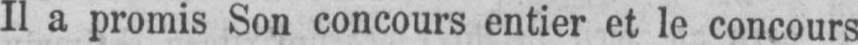
Il a promis Son concours entier et le concours